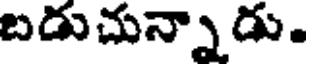
బడుచున్నాడు.